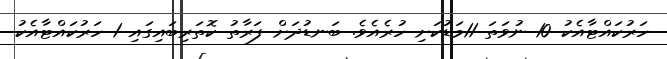
ހަރުކައްޓާއެކު 10 ނުވަތަ 11މަޑުކަށި ހުރެއެވެ. ބަނޑުދަށް ފަރާތު ކޮތަރިބައިގައި 1 ހަރުކައްޓާއެކު